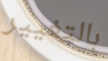
بالتغيير